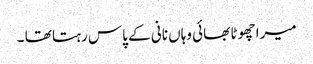
میرا چھوٹا بھائی وہاں نانی کے پاس رہتا تھا ۔